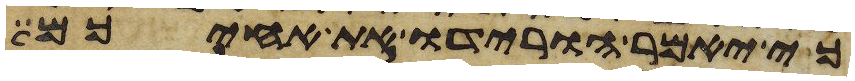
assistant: כי יאמר הורידו את אחיכם